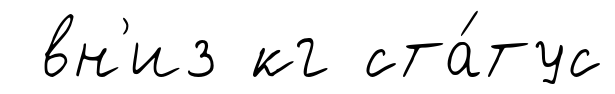
вн'из кг ста́тус